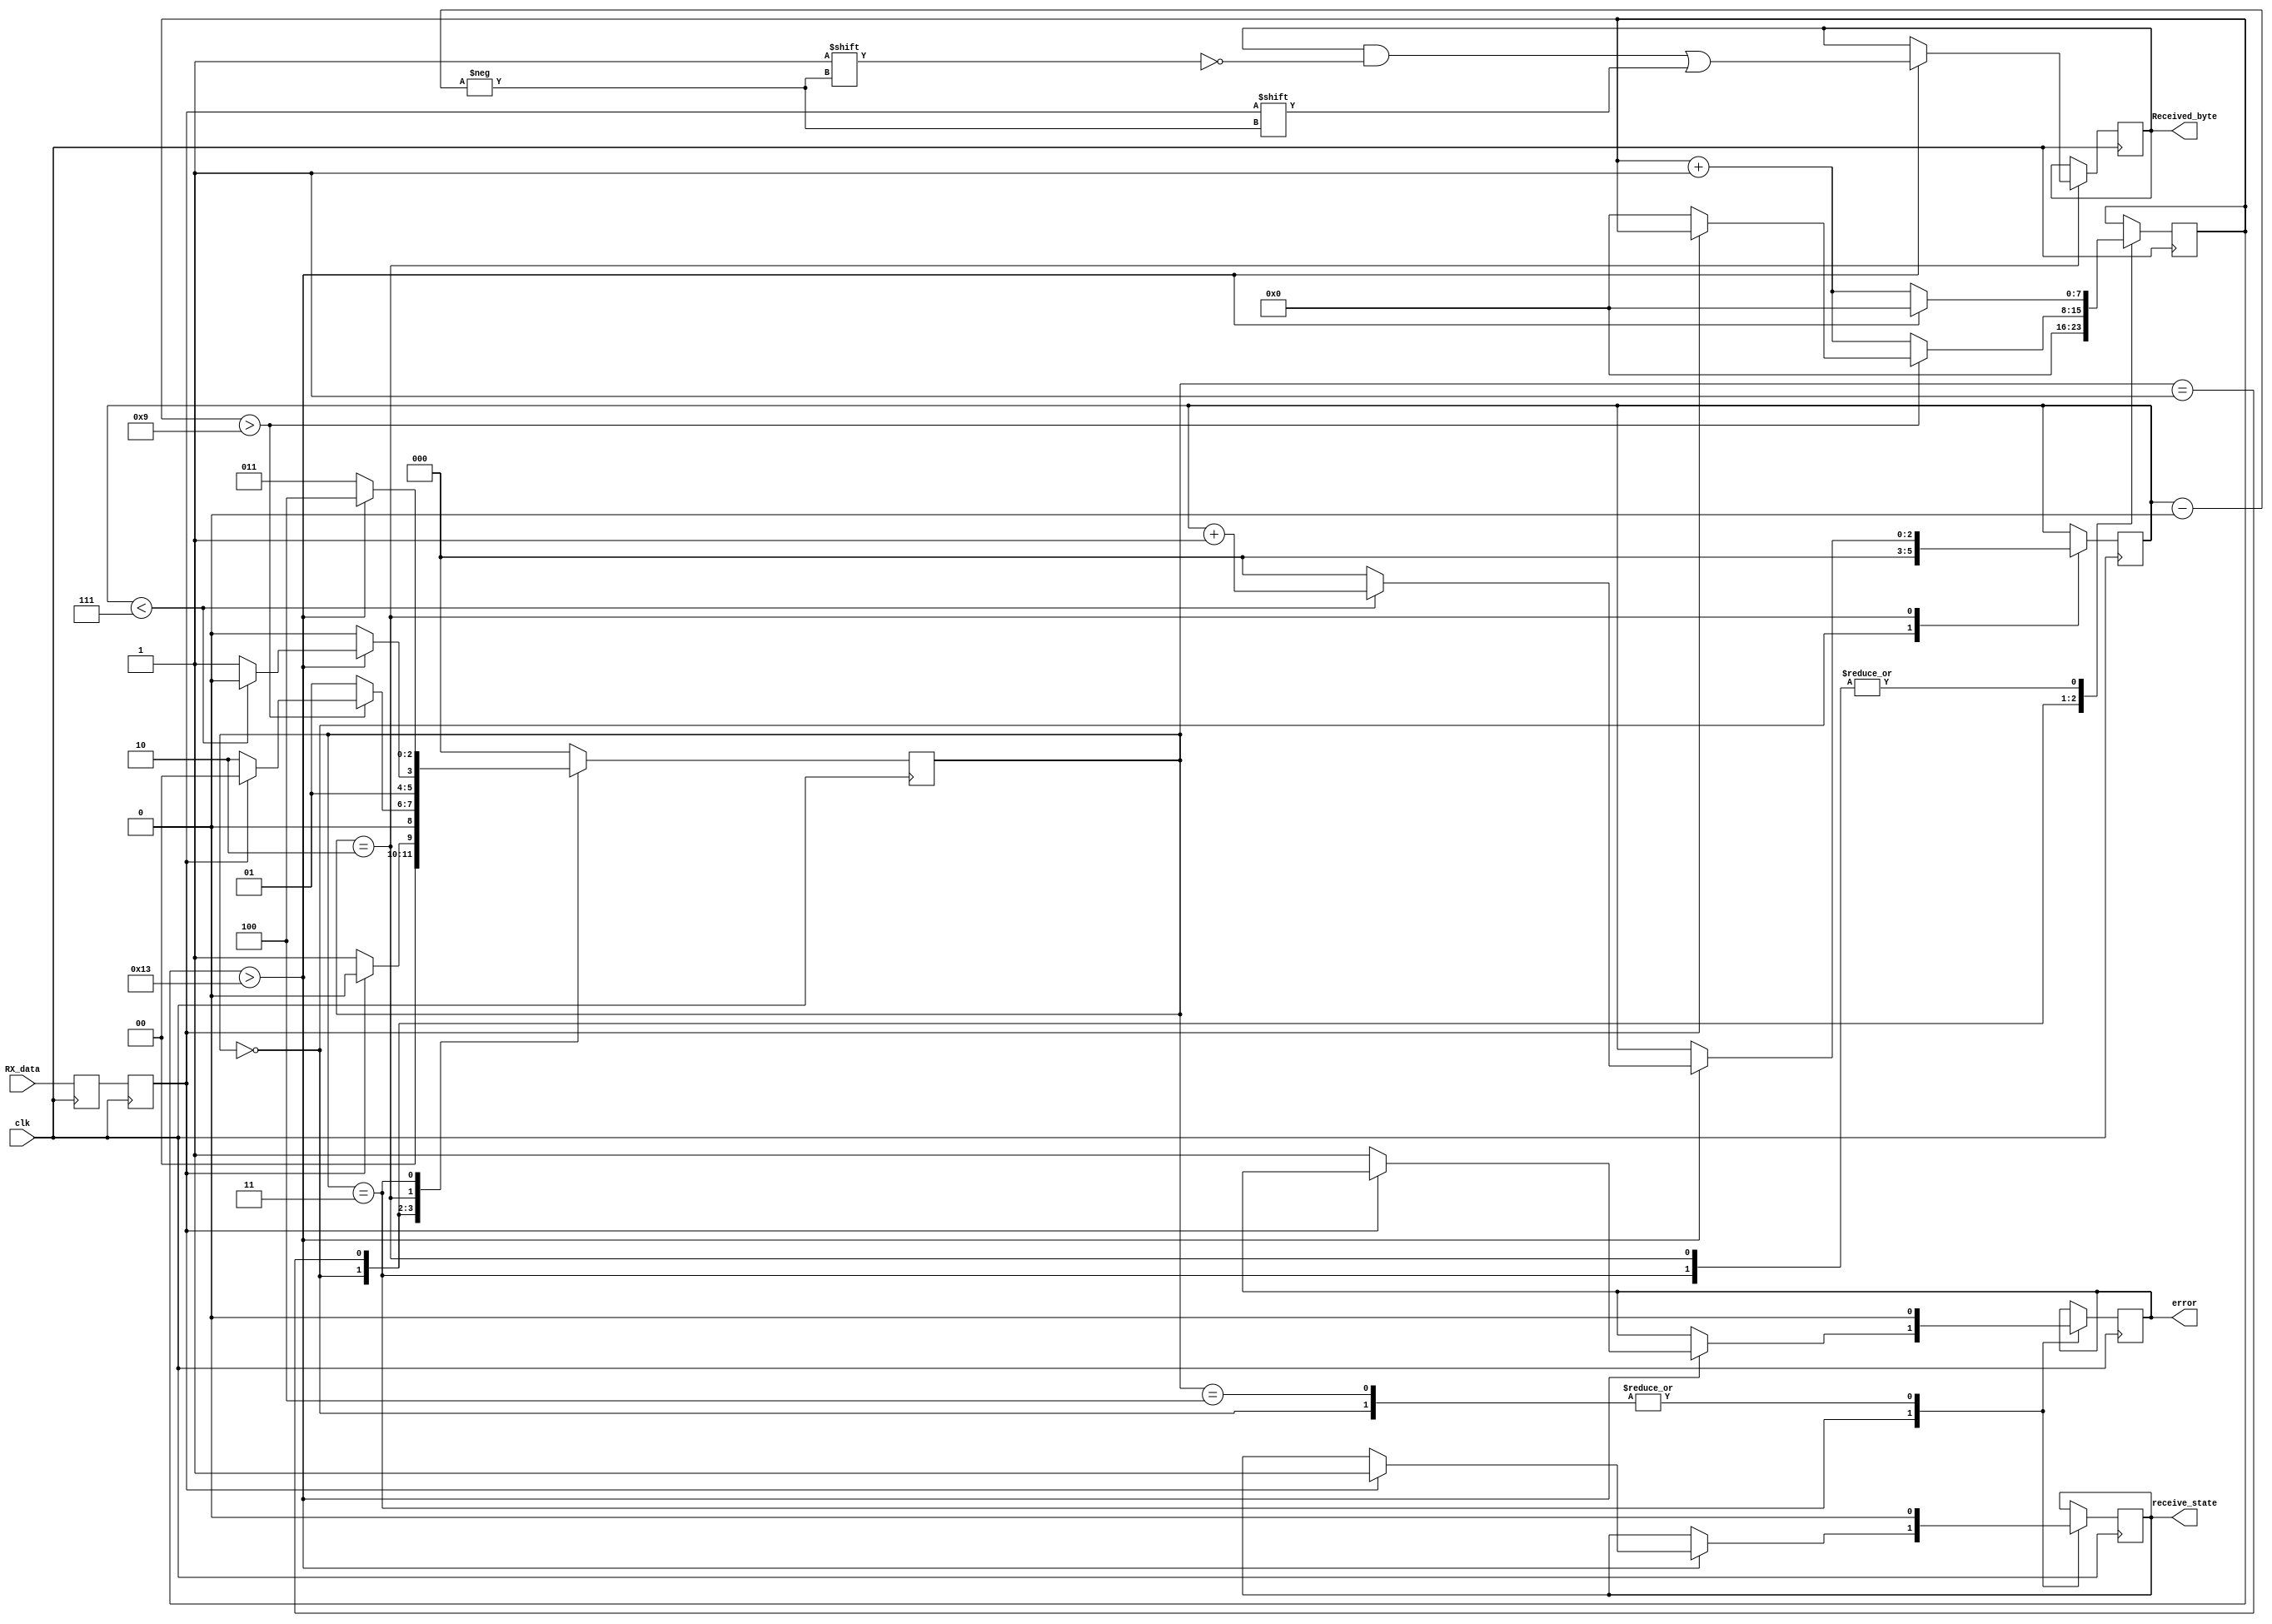
module UART_RX #(parameter CLOCK_PER_BIT = 20)(input clk, input RX_data, output [7:0]Received_byte, output receive_state, output error);
	reg RX_data_switch[1:0];
	reg [7:0]rx_counter;
	reg [2:0]receive_task;
	
	reg [7:0]RX_byte;
	reg [2:0]bits_num;
	reg RX_state;
	reg error_state;
	
	parameter IDLE_STATE = 3'b000;
	parameter CHECK_START_BIT = 3'b001;
	parameter RECEIVE_BYTE = 3'b010;
	parameter CHECK_STOP_BIT = 3'b011;
	parameter CLEAR_STATE = 3'b100;
	
	initial begin
		RX_byte <= 0;
		error_state <= 0;
		RX_state <= 0;
	end
	
	always @(posedge clk)
	begin
		RX_data_switch[0] <= RX_data;
		RX_data_switch[1] <= RX_data_switch[0];
	end
	
	always @(posedge clk)
	begin
		case(receive_task)
		IDLE_STATE:
		begin
			rx_counter <= 0;
			bits_num <= 0;
			RX_state <= 0;
			error_state <= 0;
			
			if(RX_data_switch[1] == 1'b0)
				receive_task <= CHECK_START_BIT;
			else
				receive_task <= IDLE_STATE;
		end
		
		CHECK_START_BIT:
		begin
			if(rx_counter > ((CLOCK_PER_BIT - 1)/2))
			begin
				if(RX_data_switch[1] == 1'b0)
				begin
					receive_task <= RECEIVE_BYTE;
					rx_counter <= 0;
				end
				else
					receive_task <= IDLE_STATE;
			end
			else
			begin
				rx_counter <= rx_counter + 1;
				receive_task <= CHECK_START_BIT;
			end
		end
		
		RECEIVE_BYTE:
		begin
			if(rx_counter > (CLOCK_PER_BIT - 1))
			begin
				RX_byte[bits_num] <= RX_data_switch[1];
				rx_counter <= 0;
				if(bits_num < 7)
				begin
					bits_num <= bits_num + 1;
					receive_task <= RECEIVE_BYTE;
				end
				else
				begin
					bits_num <= 0;
					receive_task <= CHECK_STOP_BIT;
				end
			end
			else
			begin
				rx_counter <= rx_counter + 1;
				receive_task <= RECEIVE_BYTE;
			end
		end
		
		CHECK_STOP_BIT:
		begin 
			if(rx_counter > (CLOCK_PER_BIT - 1))
			begin
				if(RX_data_switch[1] == 1'b0)
				begin
					receive_task <= CLEAR_STATE;
					error_state <= 1'b1;
					rx_counter <= 0;
				end
				else
				begin
					receive_task <= CLEAR_STATE;
					RX_state <= 1'b1;
					rx_counter <= 0;
				end
			end
			else
			begin
				rx_counter <= rx_counter + 1;
				receive_task <= CHECK_STOP_BIT;
			end
		end
		
		CLEAR_STATE:
		begin
			receive_task <= IDLE_STATE;
			RX_state <= 1'b0;
			error_state <= 1'b0;
		end
		
		default: receive_task <= IDLE_STATE;
		endcase
	end
	
	assign receive_state = RX_state;
	assign Received_byte = RX_byte;
	assign error = error_state;
endmodule